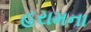
હરામના